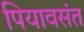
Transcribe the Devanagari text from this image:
पियावसंत